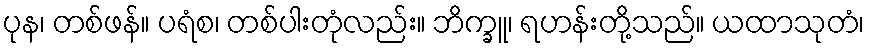
ပုန၊ တစ်ဖန်။ ပရံစ၊ တစ်ပါးတုံလည်း။ ဘိက္ခူ၊ ရဟန်းတို့သည်။ ယထာသုတံ၊